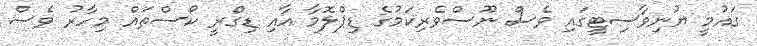
ގައުމީ ޔުނިވާސިޓީގައި ވެސް ނޫސްވެރިކަމުގެ ޑިޕްލޮމާ އާއި ޑިގްރީ ކޯސްތައް މިހާރު ވެސް